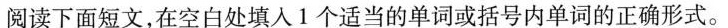
阅读下面短文,在空白处填人1个适当的单词或括号内单词的正确形式。